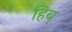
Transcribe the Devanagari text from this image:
हिब्